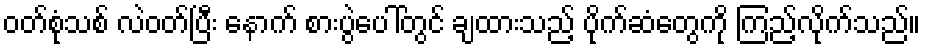
ဝတ်စုံသစ် လဲဝတ်ပြီး နောက် စားပွဲပေါ်တွင် ချထားသည့် ပိုက်ဆံတွေကို ကြည့်လိုက်သည်။